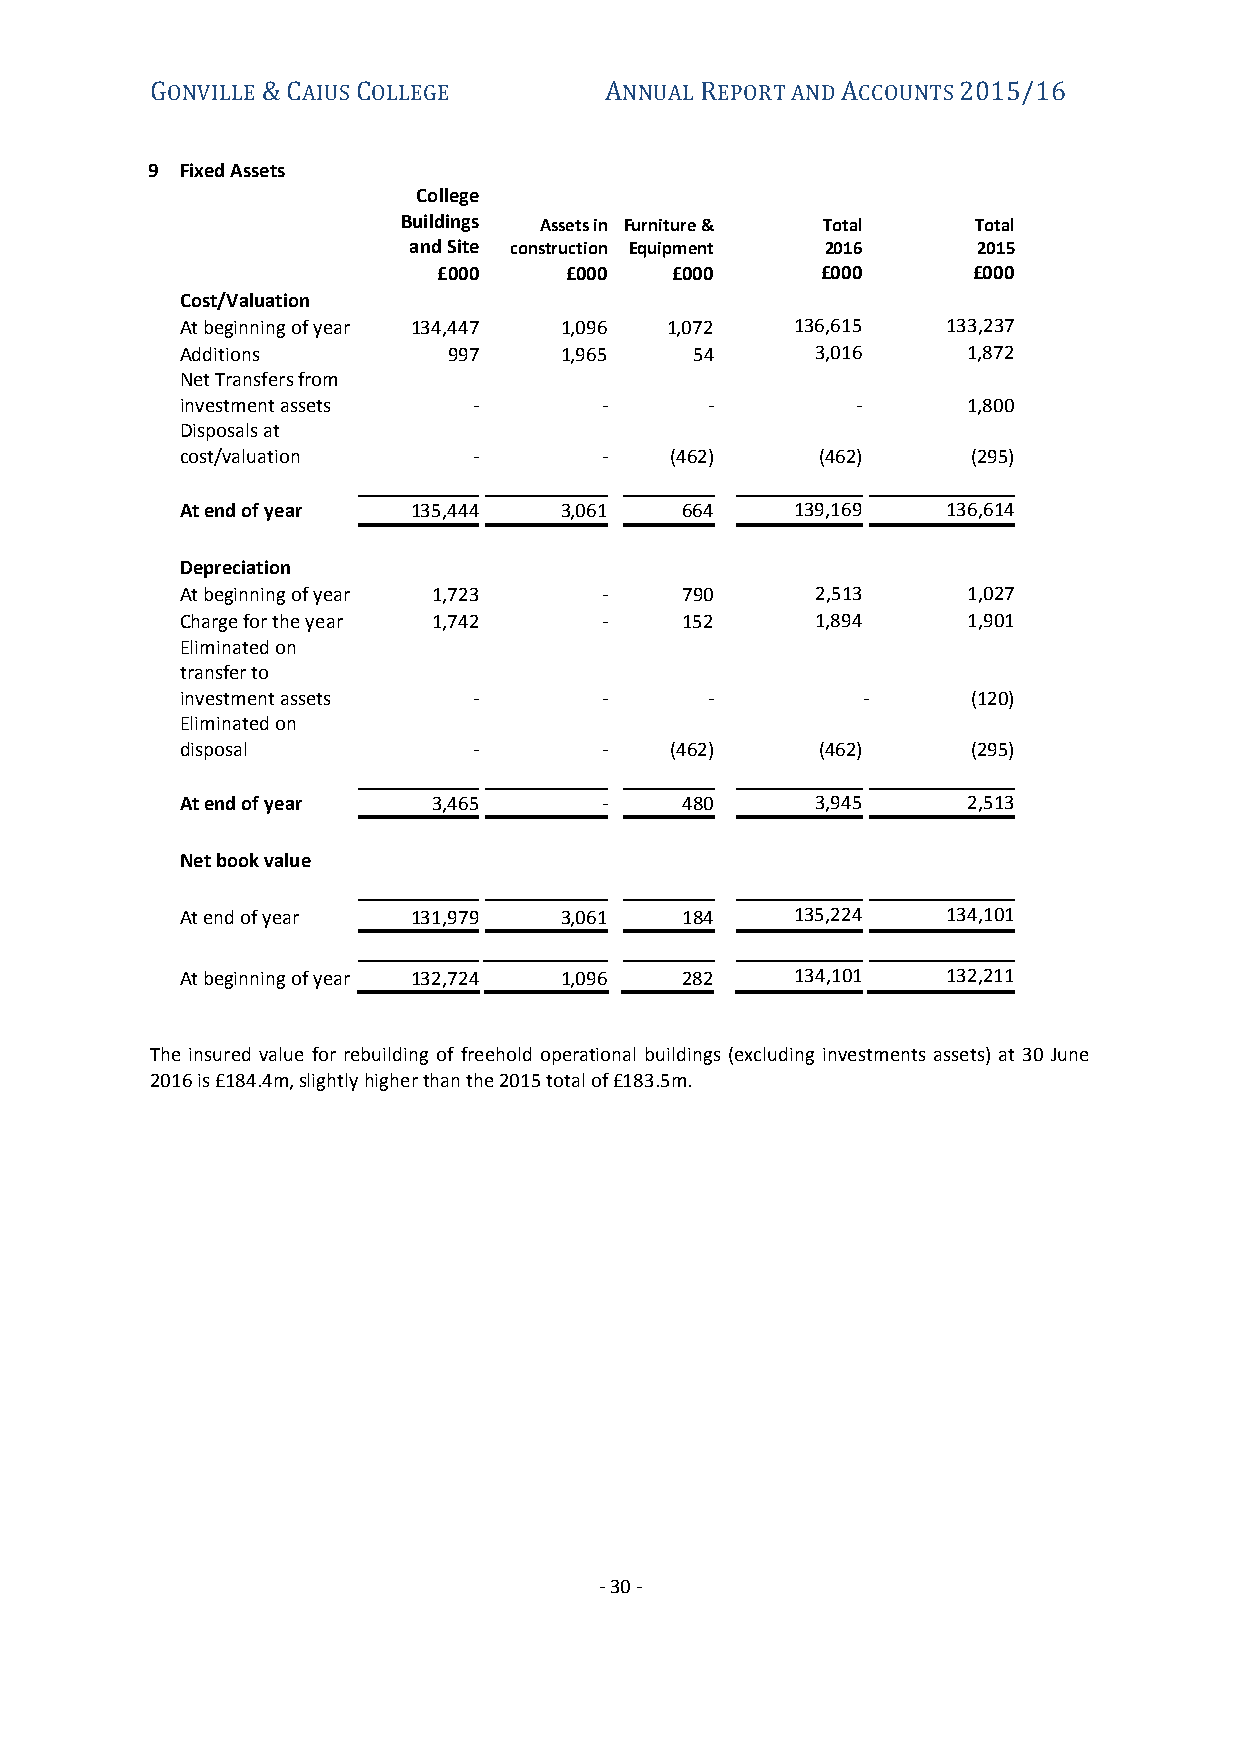
GONVILLE & CAIUS COLLEGE      ANNUAL REPORT AND ACCOUNTS 2015/16
 9 Fixed Assets
 College
 Buildings Assets in Furniture & Total Total
 and Site construction Equipment 2016  2015
 £000    £000   £000      £000      £000
 Cost/Valuation
 At beginning of year 134,447 1,096 1,072 136,615   133,237
 Additions         997    1,965    54      3,016     1,872
 Net Transfers from
 investment assets  -        -      -         -      1,800
 Disposals at
 cost/valuation     -        -   (462)     (462)     (295)
 At end of year 135,444   3,061   664     139,169   136,614
 Depreciation
 At beginning of year 1,723  -    790      2,513     1,027
 Charge for the year 1,742   -    152      1,894     1,901
 Eliminated on
 transfer to
 investment assets  -        -      -         -      (120)
 Eliminated on
 disposal           -        -   (462)     (462)     (295)
 At end of year   3,465      -    480      3,945     2,513
 Net book value
 At end of year 131,979   3,061   184     135,224   134,101
 At beginning of year 132,724 1,096 282   134,101   132,211
 The insured value for rebuilding of freehold operational buildings (excluding investments assets) at 30 June
 2016 is £184.4m, slightly higher than the 2015 total of £183.5m.
 - 30 -